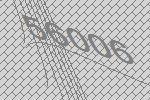
56006